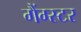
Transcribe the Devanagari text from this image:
गैंग्‍स्‍टर